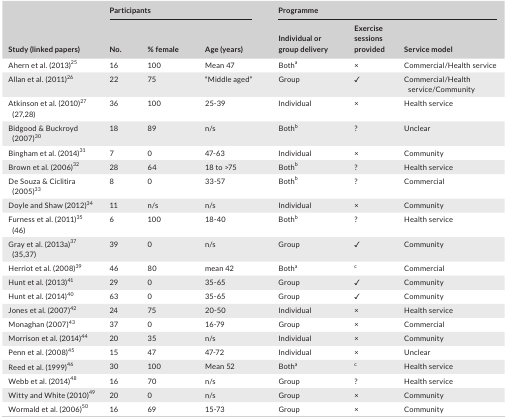
<table><thead><tr><td rowspan="2"><b>Study (linked papers)</b></td><td colspan="3"><b>Participants</b></td><td colspan="3"><b>Programme</b></td></tr><tr><td><b>No.</b></td><td><b>% female</b></td><td><b>Age (years)</b></td><td><b>Individual or group delivery</b></td><td><b>Exercise sessions provided</b></td><td><b>Service model</b></td></tr></thead><tbody><tr><td>Ahern et al. (2013)25</td><td>16</td><td>100</td><td>Mean 47</td><td>Botha</td><td>×</td><td>Commercial/Health service</td></tr><tr><td>Allan et al. (2011)26</td><td>22</td><td>75</td><td>“Middle aged”</td><td>Group</td><td>✓</td><td>Commercial/Health service/Community</td></tr><tr><td>Atkinson et al. (2010)27(27,28)</td><td>36</td><td>100</td><td>25‐39</td><td>Individual</td><td>×</td><td>Health service</td></tr><tr><td>Bidgood &amp; Buckroyd (2007)30</td><td>18</td><td>89</td><td>n/s</td><td>Bothb</td><td>?</td><td>Unclear</td></tr><tr><td>Bingham et al. (2014)31</td><td>7</td><td>0</td><td>47‐63</td><td>Individual</td><td>×</td><td>Community</td></tr><tr><td>Brown et al. (2006)32</td><td>28</td><td>64</td><td>18 to &gt;75</td><td>Bothb</td><td>?</td><td>Health service</td></tr><tr><td>De Souza &amp; Ciclitira (2005)33</td><td>8</td><td>0</td><td>33‐57</td><td>Bothb</td><td>?</td><td>Commercial</td></tr><tr><td>Doyle and Shaw (2012)34</td><td>11</td><td>n/s</td><td>n/s</td><td>Individual</td><td>×</td><td>Community</td></tr><tr><td>Furness et al. (2011)35(46)</td><td>6</td><td>100</td><td>18‐40</td><td>Bothb</td><td>?</td><td>Health service</td></tr><tr><td>Gray et al. (2013a)37(35,37)</td><td>39</td><td>0</td><td>n/s</td><td>Group</td><td>✓</td><td>Community</td></tr><tr><td>Herriot et al. (2008)39</td><td>46</td><td>80</td><td>mean 42</td><td>Botha</td><td>c</td><td>Commercial</td></tr><tr><td>Hunt et al. (2013)41</td><td>29</td><td>0</td><td>35‐65</td><td>Group</td><td>✓</td><td>Community</td></tr><tr><td>Hunt et al. (2014)40</td><td>63</td><td>0</td><td>35‐65</td><td>Group</td><td>✓</td><td>Community</td></tr><tr><td>Jones et al. (2007)42</td><td>24</td><td>75</td><td>20‐50</td><td>Individual</td><td>×</td><td>Health service</td></tr><tr><td>Monaghan (2007)43</td><td>37</td><td>0</td><td>16‐79</td><td>Group</td><td>×</td><td>Commercial</td></tr><tr><td>Morrison et al. (2014)44</td><td>20</td><td>35</td><td>n/s</td><td>Individual</td><td>×</td><td>Community</td></tr><tr><td>Penn et al. (2008)45</td><td>15</td><td>47</td><td>47‐72</td><td>Individual</td><td>×</td><td>Unclear</td></tr><tr><td>Reed et al. (1999)46</td><td>30</td><td>100</td><td>Mean 52</td><td>Botha</td><td>c</td><td>Health service</td></tr><tr><td>Webb et al. (2014)48</td><td>16</td><td>70</td><td>n/s</td><td>Group</td><td>?</td><td>Health service</td></tr><tr><td>Witty and White (2010)49</td><td>20</td><td>0</td><td>n/s</td><td>Group</td><td>×</td><td>Community</td></tr><tr><td>Wormald et al. (2006)50</td><td>16</td><td>69</td><td>15‐73</td><td>Group</td><td>×</td><td>Community</td></tr></tbody></table>